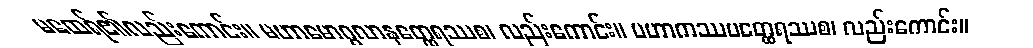
မထေရ်၏လည်းကောင်း။ မဟာမောဂ္ဂလာနတ္ထေရဿစ၊ လည်းကောင်း။ မဟာကဿပတ္ထေရဿစ၊ လည်းကောင်း။